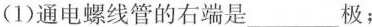
(1)通电螺线管的右端是___极；